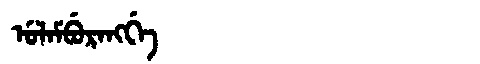
Manchu: ᡠᠯᠠᠮᠪᡠᡵᠠᠩᡤᡝ
Romanization: ULAMBURANGGE